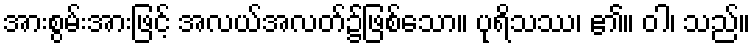
အားစွမ်းအားဖြင့် အလယ်အလတ်၌ဖြစ်သော။ ပုရိသဿ၊ ၏။ ဝါ၊ သည်။